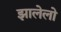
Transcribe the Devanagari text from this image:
झालेलो